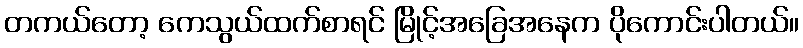
တကယ်တော့ ကေသွယ်ထက်စာရင် မြိုင့်အခြေအနေက ပိုကောင်းပါတယ်။